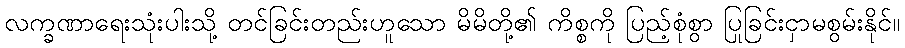
လက္ခဏာရေးသုံးပါးသို့ တင်ခြင်းတည်းဟူသော မိမိတို့၏ ကိစ္စကို ပြည့်စုံစွာ ပြုခြင်းငှာမစွမ်းနိုင်။